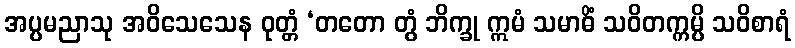
အပ္ပမညာသု အဝိသေသေန ဝုတ္တံ ‘တတော တွံ ဘိက္ခု ဣမံ သမာဓိံ သဝိတက္ကမ္ပိ သဝိစာရံ